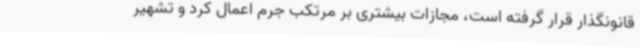
قانونگذار قرار گرفته است، مجازات بیشتری بر مرتکب جرم اعمال کرد و تشهیر